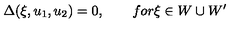
\Delta ( \xi , u _ { 1 } , u _ { 2 } ) = 0 , \qquad f o r \xi \in W \cup W ^ { \prime }